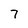
Character: 7